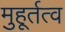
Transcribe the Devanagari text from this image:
मुहूर्तत्व